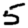
Digit: 5